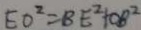
E O ^ { 2 } = B E ^ { 2 } + O B ^ { 2 }